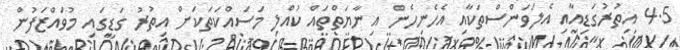
4.5 އިތުރުގަޑިއާއި އެލަވަންސްތަކާއި އެހެނިހެން އިނާޔަތްތައް ކުއްލި މަސައްކަތަކަށް އިތުރު ގަޑީގައި މުވައްޒަފުން